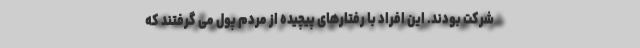
شرکت بودند. این افراد با رفتارهای پیچیده از مردم پول می گرفتند که